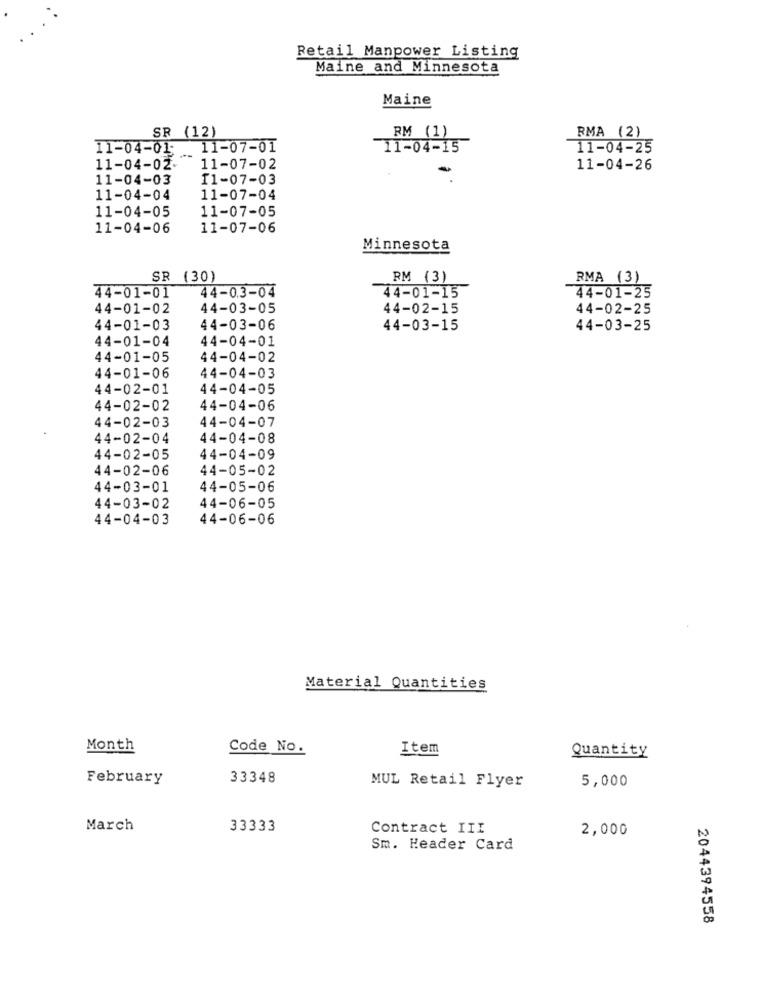
Retail Manpower Listing
Maine and Minnesota
Maine
SR (12)
RM (1)
RMA (2)
11-04-01: 11-07-01
11-04-15
11-04-25
11-04-02.
11-07-02
-
11-04-26
11-04-03
11-07-03
11-04-04
11-07-04
11-04-05
11-07-05
11-04-06
11-07-06
Minnesota
SR (30)
RM (3)
RMA (3)
44-01-01
44-0.3-04
44-01-15
44-01-25
44-01-02
44-03-05
44-02-15
44-02-25
44-01-03
44-03-06
44-03-15
44-03-25
44-01-04
44-04-01
44-01-05
44-04-02
44-01-06
44-04-03
44-02-01
44-04-05
44-02-02
44-04-06
44-02-03
44-04-07
44-02-04
44-04-08
44-02-05
44-04-09
44-02-06
44-05-02
44-03-01
44-05-06
44-03-02
44-06-05
44-04-03
44-06-06
Material Quantities
Month
Code No.
Item
Quantity
February
33348
MUL Retail Flyer
5,000
March
33333
Contract III
2,000
Sm. Header Card
2044394558